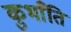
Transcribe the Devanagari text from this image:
कुभाँति